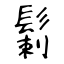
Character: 鬎